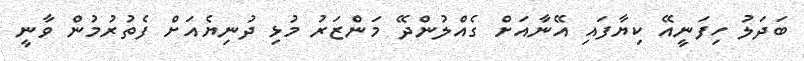
ބަދަލު ހިފަނީއޭ ކިޔާފައި އޭނާއަށް ގެއްލުންދޭ މަންޒަރު މުޅި ދުނިޔެއަށް ފެތުރުމުން ވާނީ